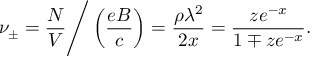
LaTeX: \nu _ { \pm } = { \frac { N } { V } } \Bigg / \left( { \frac { e B } { c } } \right) = { \frac { \rho \lambda ^ { 2 } } { 2 x } } = { \frac { z e ^ { - x } } { 1 \mp z e ^ { - x } } } .